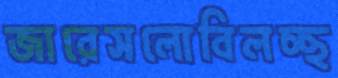
জারেসলোবিলচ্ছ